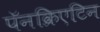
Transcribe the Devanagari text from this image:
पॅनक्रिएटिन